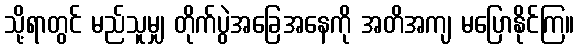
သို့ရာတွင် မည်သူမျှ တိုက်ပွဲအခြေအနေကို အတိအကျ မပြောနိုင်ကြ။